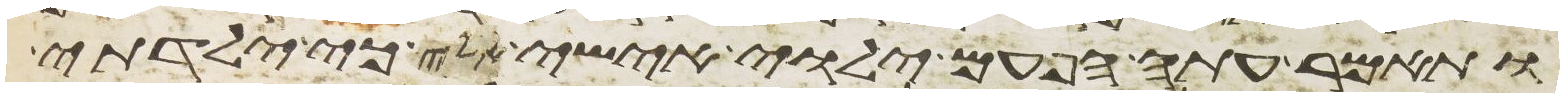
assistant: ותאמר עתה הפעם ילוה אישי אלי כי ילדתי